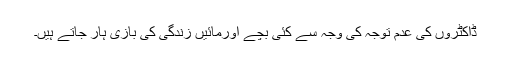
ڈاکٹروں کی عدم توجہ کی وجہ سے کئی بچے اورمائیں زندگی کی بازی ہار جاتے ہیں۔